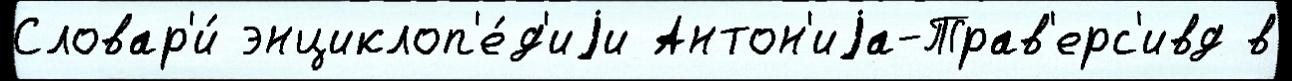
Словар'и́ энциклоп'е́д'иjи Антон'иjа-Трав'ерс'ивд в